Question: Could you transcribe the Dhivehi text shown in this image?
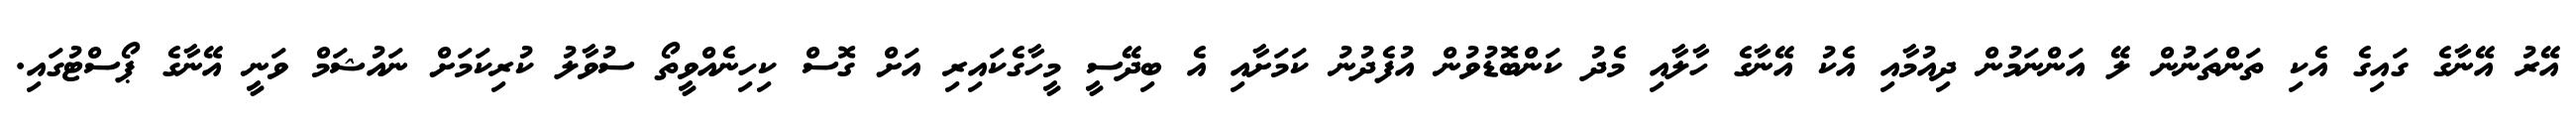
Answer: އޭރު އޭނާގެ ގައިގެ އެކި ތަންތަނުން ލޭ އަންނަމުން ދިއުމާއި އެކު އޭނާގެ ހާލާއި މެދު ކަންބޮޑުވުން އުފެދުނު ކަމަށާއި އެ ބިދޭސީ މީހާގެކައިރި އަށް ގޮސް ކިހިނެއްވީތޯ ސުވާލު ކުރިކަމަށް ނައުޝަމް ވަނީ އޭނާގެ ޕޯސްޓުގައި.